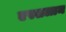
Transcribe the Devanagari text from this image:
एस्सलाम